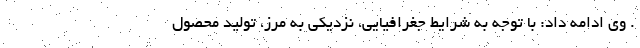
. وی ادامه داد: با توجه به شرايط جغرافيایي، نزديكي به مرز، توليد محصول